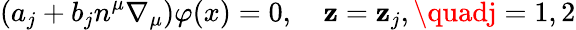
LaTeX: \left(a_{j}+b_{j}n^{\mu}\nabla_{\mu}\right)\varphi(x)=0,\quad\mathbf{z}=\mathbf{z}_{j},\quadj=1,2